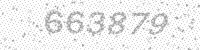
Solution: 663879